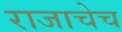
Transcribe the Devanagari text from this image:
राजाचेच